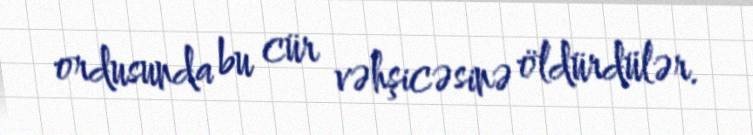
ordusunda bu cür vəhşicəsinə öldürdülər.